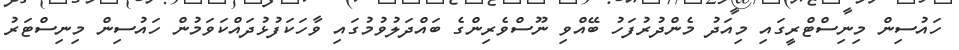
ހައުސިން މިނިސްޓްރީގައި މިއަދު މެންދުރުފަހު ބޭއްވި ނޫސްވެރިންގެ ބައްދަލުވުމުގައި ވާހަކަފުޅުދައްކަވަމުން ހައުސިން މިނިސްޓަރު